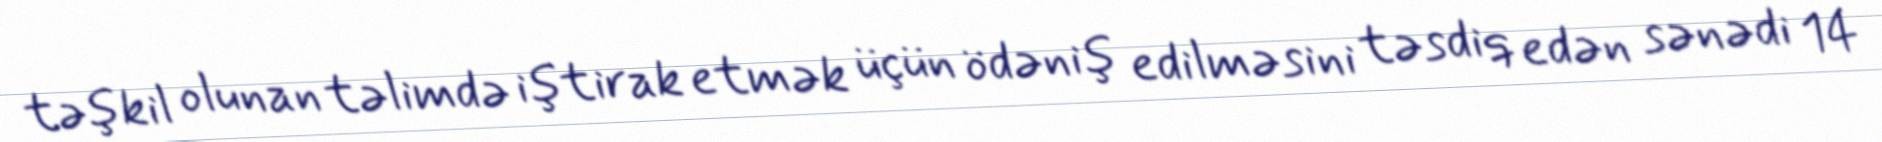
təşkil olunan təlimdə iştirak etmək üçün ödəniş edilməsini təsdiq edən sənədi 14